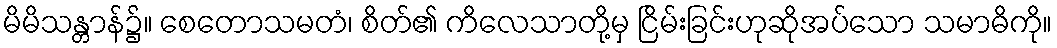
မိမိသန္တာန်၌။ စေတောသမတံ၊ စိတ်၏ ကိလေသာတို့မှ ငြိမ်းခြင်းဟုဆိုအပ်သော သမာဓိကို။